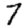
Digit: 7